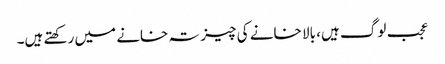
عجب لوگ ہیں، بالا خانے کی چیز تہ خانے میں رکھتے ہیں۔